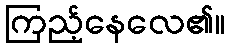
ကြည့်နေလေ၏။